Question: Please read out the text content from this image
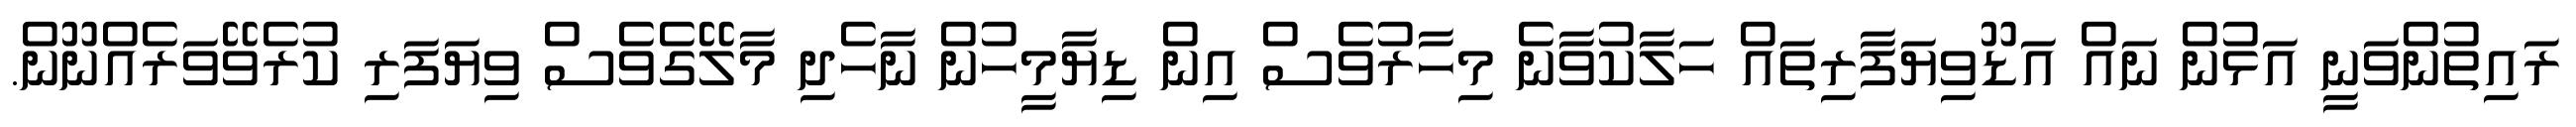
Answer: ރައިތުންވަނީ އަޅުން ނައް އަޑޫވިޔަފާރިތައް ހަލާކުވާނެ މިހާރުވެސް އިން ޑިޔާމީހުން ނާހެދި މާލޭގެވެސް ވިޔަފަރި ކުރެވޭވަރެއްނޫން.